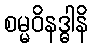
စမ္မဝိနဒ္ဓါနိ